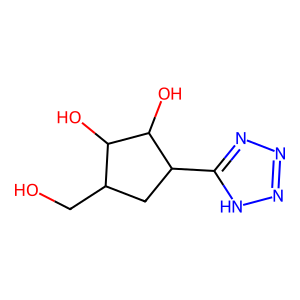
SMILES: OCC1CC(c2nnn[nH]2)C(O)C1O
Inhibits HIV replication: No